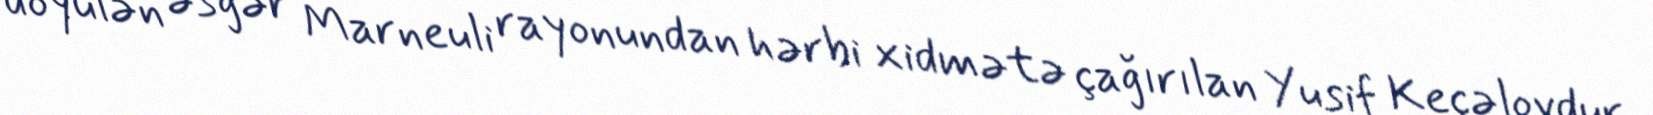
döyülən əsgər Marneuli rayonundan hərbi xidmətə çağırılan Yusif Keçəlovdur.